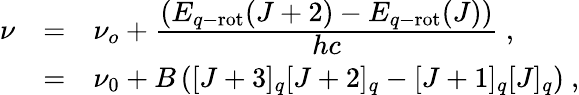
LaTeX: \begin{array}{rcl}{{\nu}}&{{=}}&{{\nu_{o}+\frac{\displaystyle\left(E_{q-\mathrm{rot}}(J+2)-E_{q-\mathrm{rot}}(J)\right)}{\displaystyle hc}~,}}\\ {{}}&{{=}}&{{\nu_{0}+B\left([J+3]_{q}[J+2]_{q}-[J+1]_{q}[J]_{q}\right)~,}}\end{array}